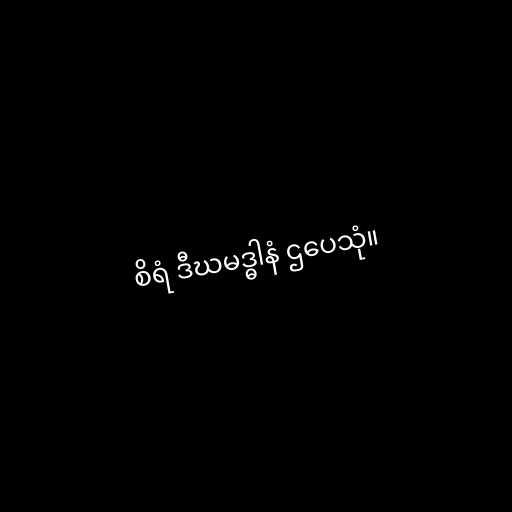
စိရံ ဒီဃမဒ္ဓါနံ ဌပေသုံ။